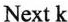
Next k